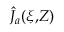
\hat { J } _ { a } ( \xi , \! Z )